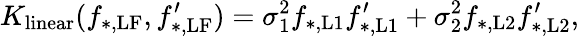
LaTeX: K_{\mathrm{linear}}(f_{\mathrm{*,LF}},f_{\mathrm{*,LF}}^{\prime})=\sigma_{1}^{2}f_{\mathrm{*,L1}}f_{\mathrm{*,L1}}^{\prime}+\sigma_{2}^{2}f_{\mathrm{*,L2}}f_{\mathrm{*,L2}}^{\prime},